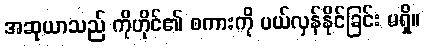
အဆုယာသည် ကိုဟိုင်၏ စကားကို ပယ်လှန်နိုင်ခြင်း မရှိ။